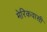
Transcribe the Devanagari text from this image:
मेरिकवासी